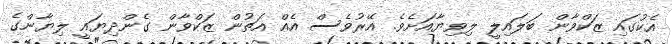
އެކުގައި ޒަކްވާން ބަލައިލީ ލިވިޔާއަށެވެ. އޭރުވެސް އެއް އަތުން ޒަކްވާން ގެންދިޔައީ ލިޔާންގެ